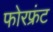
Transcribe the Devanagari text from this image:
फोरफ्रंट